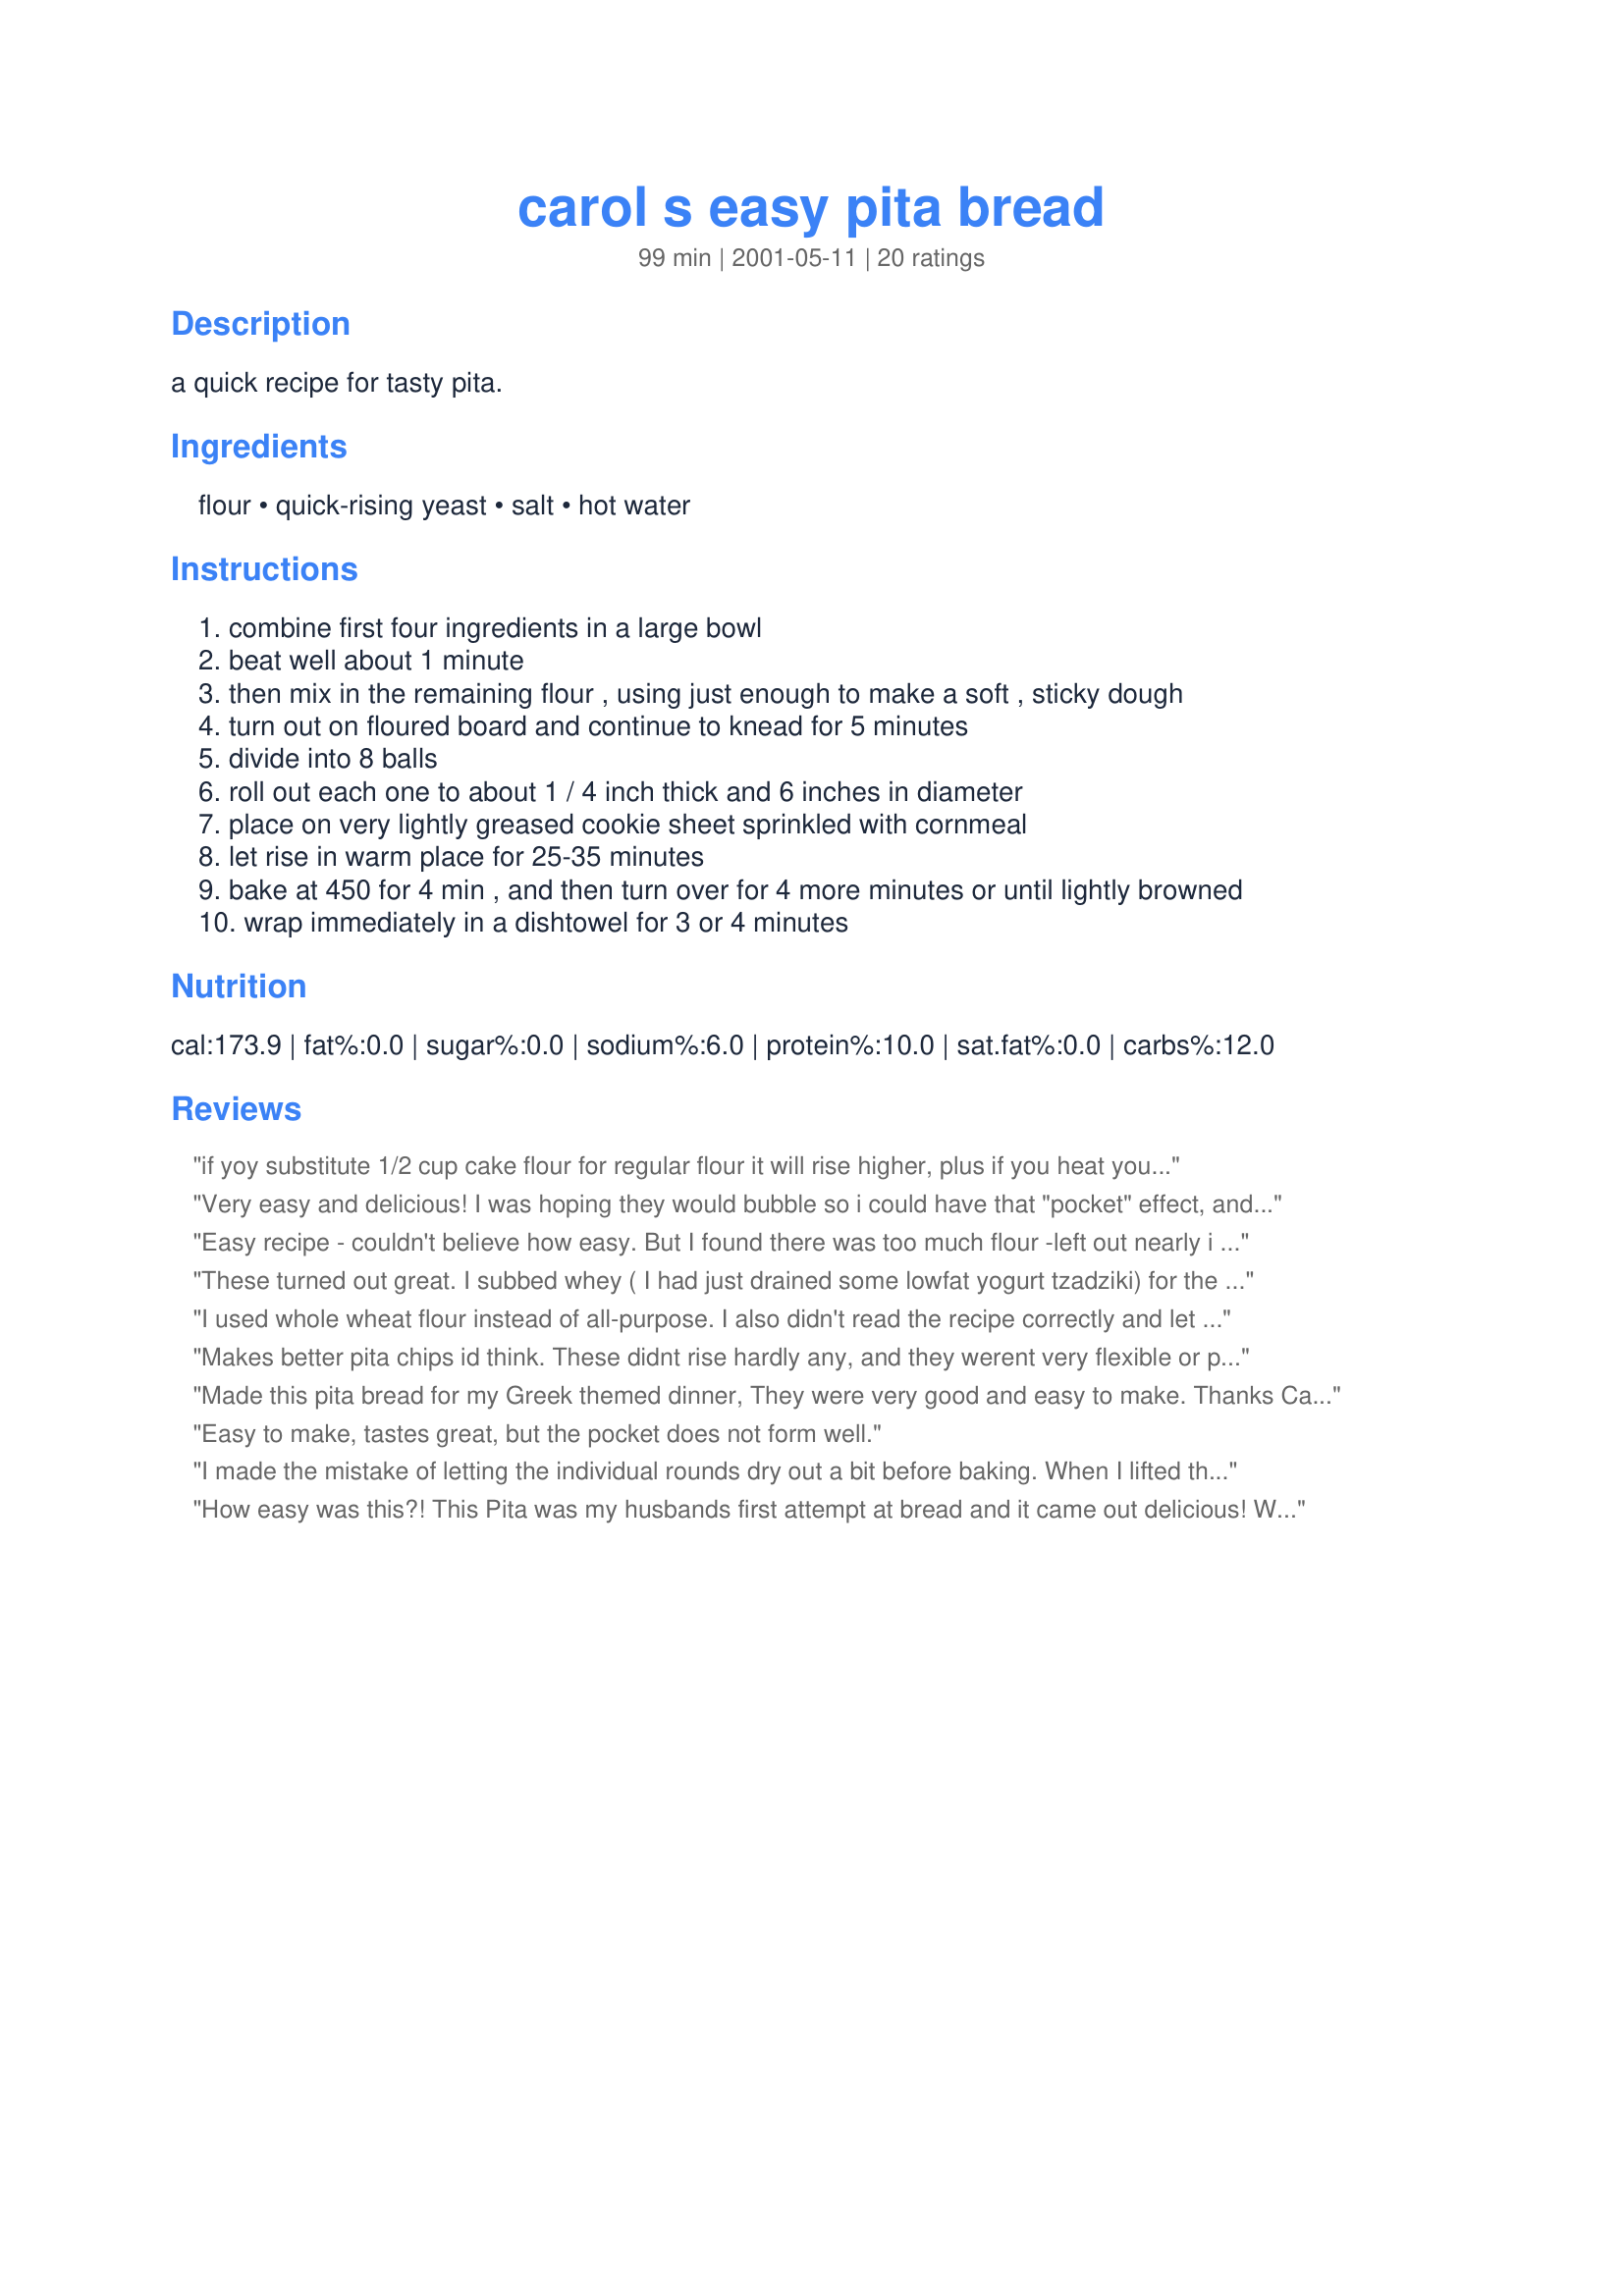
carol s easy pita bread
Preparation time: 99 minutes

a quick recipe for tasty pita.

Ingredients:
flour, quick-rising yeast, salt, hot water

Steps:
combine first four ingredients in a large bowl
beat well about 1 minute
then mix in the remaining flour , using just enough to make a soft , sticky dough
turn out on floured board and continue to knead for 5 minutes
divide into 8 balls
roll out each one to about 1 / 4 inch thick and 6 inches in diameter
place on very lightly greased cookie sheet sprinkled with cornmeal
let rise in warm place for 25-35 minutes
bake at 450 for 4 min , and then turn over for 4 more minutes or until lightly browned
wrap immediately in a dishtowel for 3 or 4 minutes

Reviews:
if yoy substitute 1/2 cup cake flour for regular flour it will rise higher, plus if you heat your oven to its highest temp. and use a stone; it will cook in 3 to 4 min and doesn't have to be turned.
Very easy and delicious! I was hoping they would bubble so i could have that "pocket" effect, and they didn't, but that was the only disappointment. did i do something wrong? Not a big deal, though, since they rose enough that i could cut them in half and create my own pocket. also i used 2 cups of whole wheat flour and one of regular. Thanks! I'll make them again next time i want fresh pita in a hurry!
Easy recipe - couldn't believe how easy. But I found there was too much flour -left out nearly i cup.And tastes great Janice
These turned out great. I subbed whey ( I had just drained some lowfat yogurt tzadziki) for the water and used regular dried yeast.
I used whole wheat flour instead of all-purpose. I also didn't read the recipe correctly and let the dough rise before I divided into 8 balls. After rising, I rolled out the eight balls and pinched around the edges. It turned out awesome. A friend asked me where I bought them.
Makes better pita chips id think. These didnt rise hardly any, and they werent very flexible or pita-y at all. I was making gyros and wanted pitas, so we kind of had gyro paninis instead.
Made this pita bread for my Greek themed dinner, They were very good and easy to make. 
Thanks Carol .

Bullwinkle
Easy to make, tastes great, but the pocket does not form well.
I made the mistake of letting the individual rounds dry out a bit before baking. When I lifted them to bake, some of them cracked. The cracked pitas didn't have a pocket, but they all tasted absolutely heavenly. Thank you Carol!
How easy was this?! This Pita was my husbands first attempt at bread and it came out delicious!
We will never buy pita in the store, again!!
Thanks for sharing this recipe, Carol!
These pita were really pretty and looked authentic. They tasted pretty good too; howver, for whatever reason, they did not form a pocket and were kind of heavy and chewy. I think it must have been because I used whole grain spelt flour. Also they dried out really quickly when I set them out to cool in the dish towel. Not sure what this needs... maybe more water or a little olive oil? Anyway, it was still good enough to where I will probably try it again and just tweak it some so it will work for the whole grain flour.
easy recipe to follow for good pita. i think i rolled some of my pitas too thin because i ended up with pita chips, which were still good, but didn't have that nice chewy texture. i also substituted one cup of white flour for one cup of whole wheat for a little more texture.
For those of you who were looking for a more chewy (rather than crispy) bubbled pita pocket, all you have to do is one minor change. I don't use quick rise yeast at all, only the regular Traditional Active Dry Yeast.

I prepared it in nearly the same manner, I put the flour (2 cups) and salt together, gave it a good stir. I took a measuring cup, filled about 1cm high with warm water, tossed in 1tsp yeast (I decreased the amount because I didn't know if quick yeast was any different). This yeast-water mixture I let sit for 5 mins or so, let the yeast puff up. Then in the same measuring cup I just added water up to the original amount it required (1.25cups).
Pour the contents of the measuring cup in with the dry mixture and follow the recipes steps from 2 onwards.

**couple notes however:
1. I added some of the 1-1.5cup of flour while the dough was still in bowl because it was too sticky to begin kneading. (I used about 1.25cups in the end)

2. I divided my kneaded dough into 6 pieces rather than eight.

3. I left the 6 pieces on the cutting board to rise for about 25minutes. Strangely enough I did not cover it and they did not dry out.

4. Took a rolling pin to the pieces of dough, rolled them to the size i wanted them (about as big as my outstretched fingers/hand).

5. I threw some alumnium foil on the baking sheet, placed three on each baking sheet. DO put it on the bottom rack, DO keep it quite hot (425 on my oven), and DO follow the 4 minute per side rule! Also DO follow Step 10.

Trust me, they'll turn out perfect. Now to find a fantastic tzatziki sauce!
I have a similar recipe, there is no yeast, it's a much flatter bread but it's still great.
I think I rolled these out too thinly...I'm not used to the imperial measurements! They turned out a lot harder than pita bread should be but they still tasted good...next time I'll just have to find a conversion table. :-)!
These were really cool! I followed the recipe except for taking the suggestion to turn up the temp of my oven and use a pizza stone. They turned out perfectly, puffing up to make a perfect pocket. My only concern is that they are slightly bland. Hopefully when I add all the gyro ingredients, they will shine. Thank you for the fun recipe.
I made the recipe as stated and thought it turned out great! I'm also amazed how easy it is to make pita. I let my kitchenaid so the kneading-it was so quick! I'm very happy with this recipe and will be keeping this handy. Thanks!

great recipe! very consistant and easy. i've gotten lots of compliments. thanks
I've made these twice using our bread machine and found that six pitas are closer to the size we would normally get from the supermarket (instead of eight).
I was amazed at how easy it is to make great pita! I will never by it from the store again! 

Thanks for a great recipe
